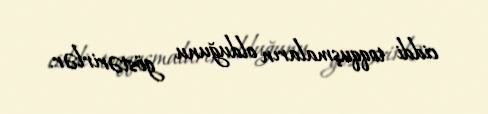
ciddi toqquşmaların olduğunu göstərirlər.